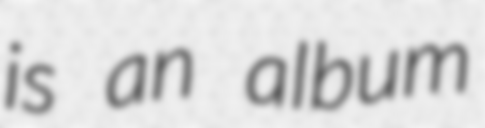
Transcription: is an album